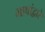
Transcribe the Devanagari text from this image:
भाषांद्वारे